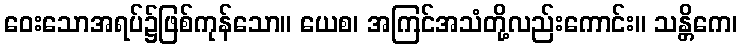
ဝေးသောအရပ်၌ဖြစ်ကုန်သော။ ယေစ၊ အကြင်အသံတို့လည်းကောင်း။ သန္တိကေ၊